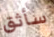
سأثق